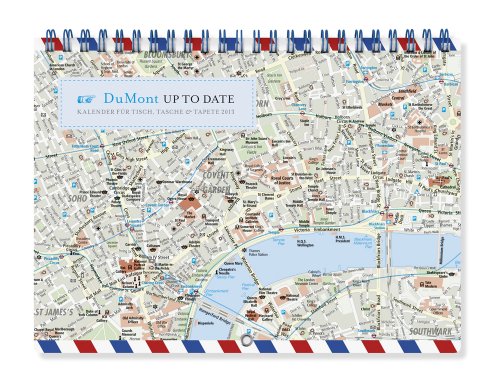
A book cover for City Maps - Up to date Kalender 2013; DuMont Kalenderverlag Gmb; Calendars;